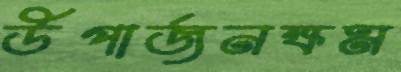
উপার্জনক্ষম